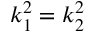
k _ { 1 } ^ { 2 } = k _ { 2 } ^ { 2 }